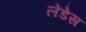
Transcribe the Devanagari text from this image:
लेंडेस